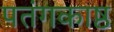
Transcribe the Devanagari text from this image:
पतंगकाष्ठ